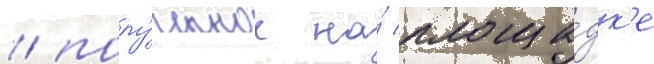
/ полу́ченное на́ площа́дк'е